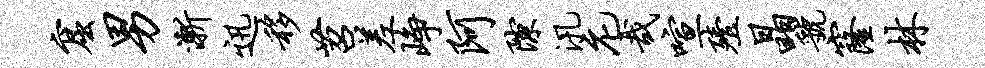
窟男渐迅移苕差峥阿隙汛庀哉喧殪晶虢窿林